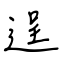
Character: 逞